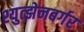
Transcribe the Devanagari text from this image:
श्युत्झेनबर्गर